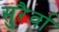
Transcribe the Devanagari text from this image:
सुरैर्वा